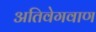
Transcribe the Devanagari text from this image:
अतिवेगवाण